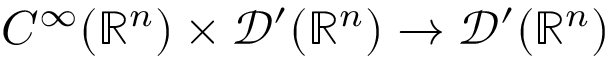
C ^ { \infty } ( \mathbb { R } ^ { n } ) \times { \mathcal { D } } ^ { \prime } ( \mathbb { R } ^ { n } ) \to { \mathcal { D } } ^ { \prime } ( \mathbb { R } ^ { n } )